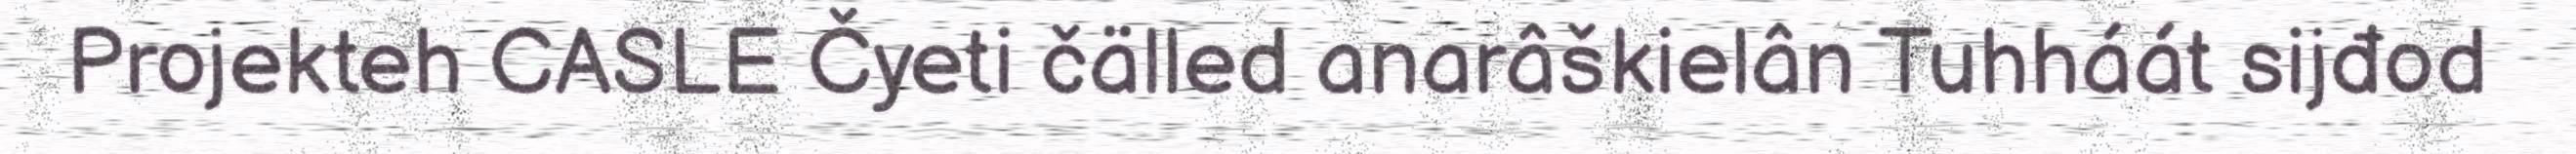
Projekteh CASLE Čyeti čälled anarâškielân Tuhháát sijđod